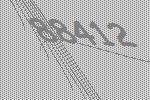
88412